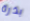
بذرة